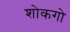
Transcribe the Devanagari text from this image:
शोकगो